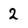
Character: 2